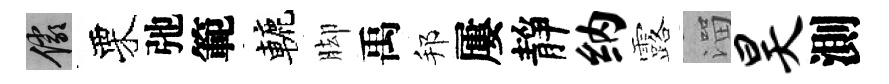
儼栗弛範轆脚禹邦屢靜纳露溜昊測